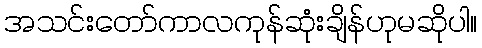
အသင်းတော်ကာလကုန်ဆုံးချိန်ဟုမဆိုပါ။